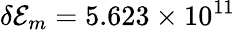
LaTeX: \delta\mathcal{E}_{m}=5.623\times 10^{11}